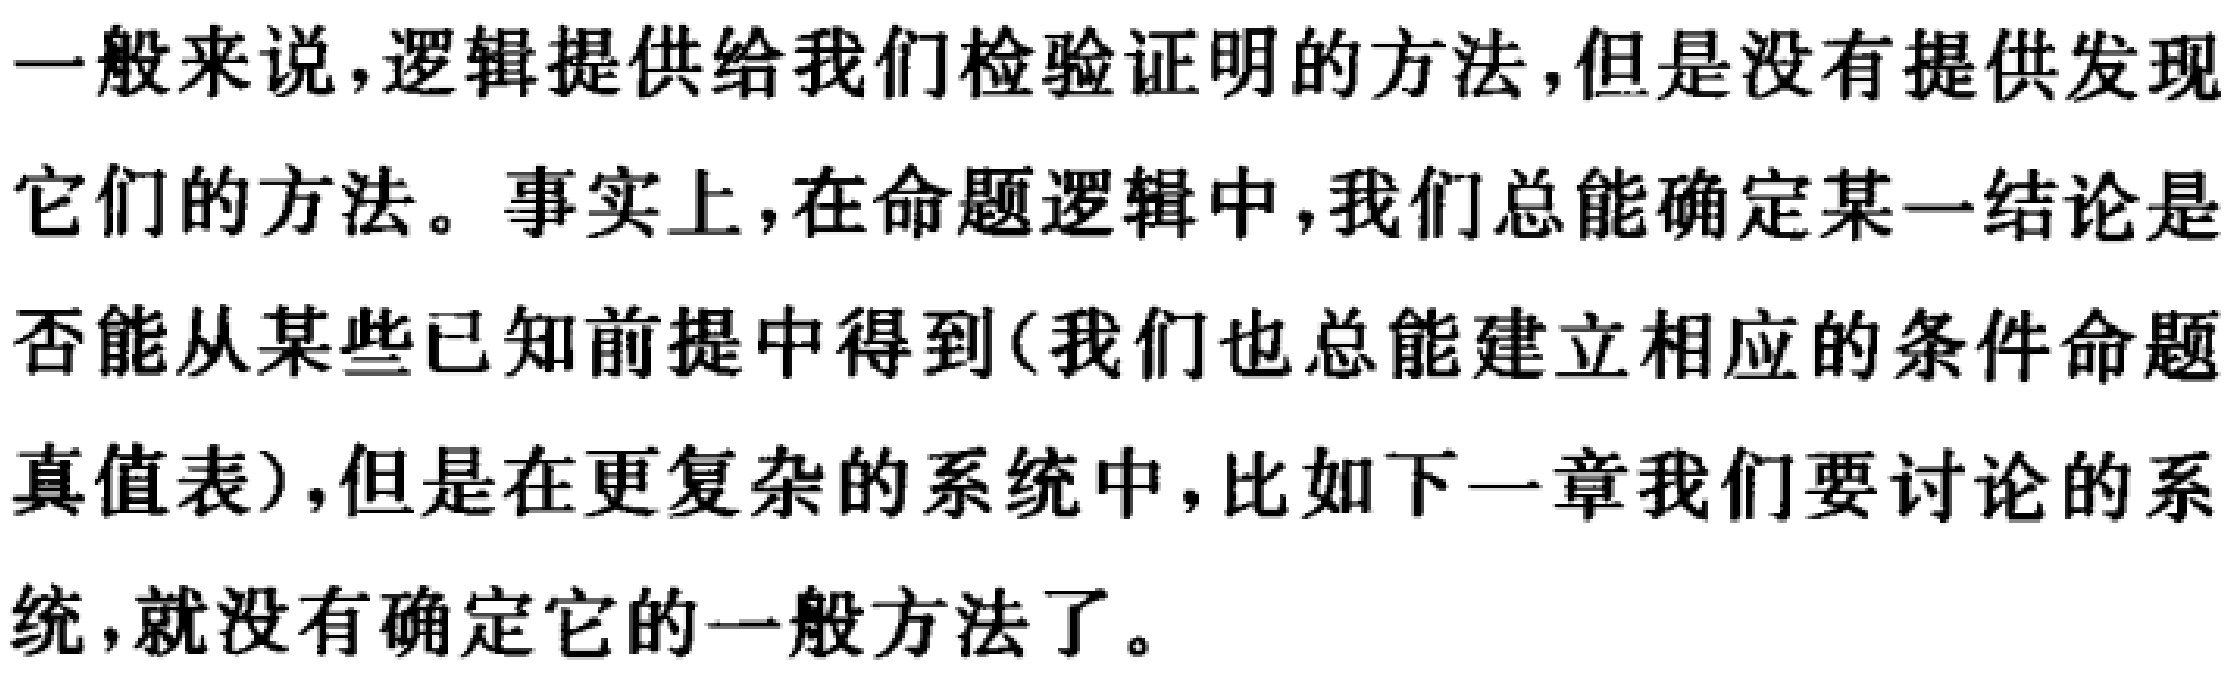
一般来说，逻辑提供给我们检验证明的方法，但是没有提供发现它们的方法。事实上，在命题逻辑中，我们总能确定某一结论是否能从某些已知前提中得到(我们也总能建立相应的条件命题真值表)，但是在更复杂的系统中，比如下一章我们要讨论的系统，就没有确定它的一般方法了。